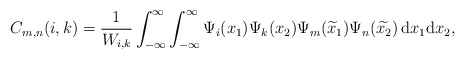
\begin{align*}C_{m,n}(i,k)=\frac{1}{W_{i,k}}\int_{-\infty}^{\infty}\int_{-\infty}^{\infty}\Psi_{i}(x_1)\Psi_{k}(x_2)\Psi_{m}(\widetilde{x}_1)\Psi_{n}(\widetilde{x_2})\,\mathrm{d}x_1\mathrm{d}x_2,\end{align*}